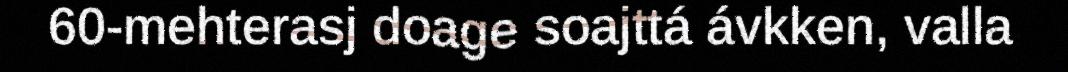
60-mehterasj doage soajttá ávkken, valla